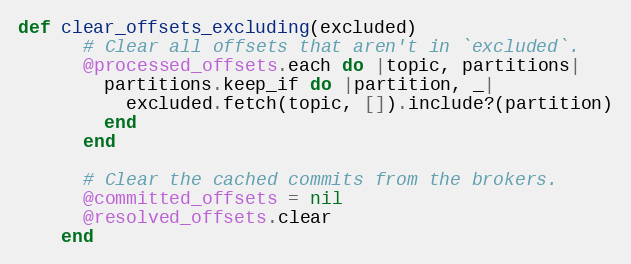
Language: Ruby
def clear_offsets_excluding(excluded)
      # Clear all offsets that aren't in `excluded`.
      @processed_offsets.each do |topic, partitions|
        partitions.keep_if do |partition, _|
          excluded.fetch(topic, []).include?(partition)
        end
      end

      # Clear the cached commits from the brokers.
      @committed_offsets = nil
      @resolved_offsets.clear
    end